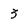
Character: 3